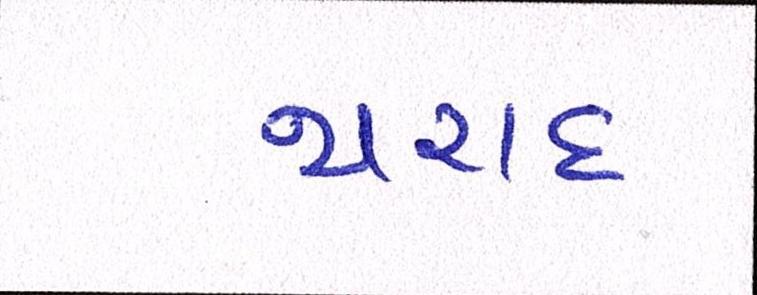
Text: થરાદ